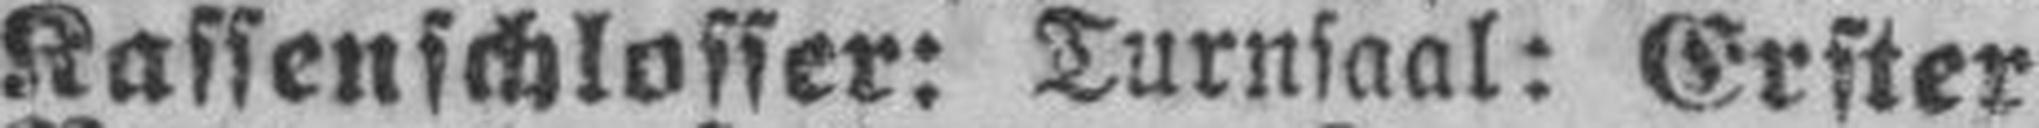
Kassenschlosser: Turnsaal: Erster